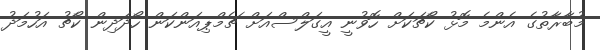
މުބާރާތުގެ އެންމެ މޮޅު ކޯޗަކަށް ހޮވުނީ އީގަލްސްއަށް ޗެމްޕިއަންކަން ހޯދަދިން ކޯޗު އަހުމަދު